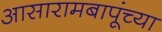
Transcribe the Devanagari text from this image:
आसारामबापूंच्या